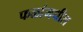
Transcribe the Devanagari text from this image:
फळांमधील